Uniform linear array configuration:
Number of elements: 32
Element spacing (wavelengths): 1
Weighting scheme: hamming
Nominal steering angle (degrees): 45
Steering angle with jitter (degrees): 44.341
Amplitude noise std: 0.05
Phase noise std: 0.05

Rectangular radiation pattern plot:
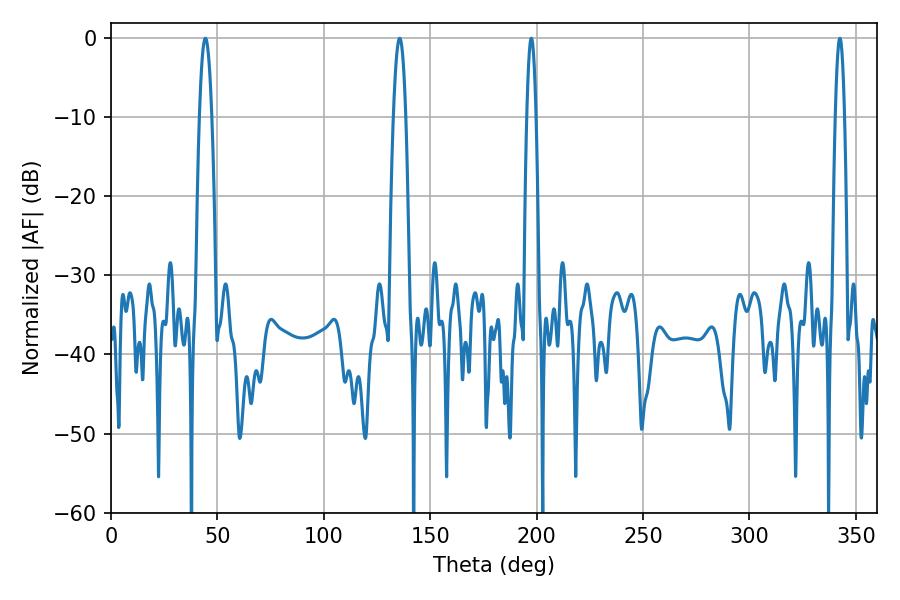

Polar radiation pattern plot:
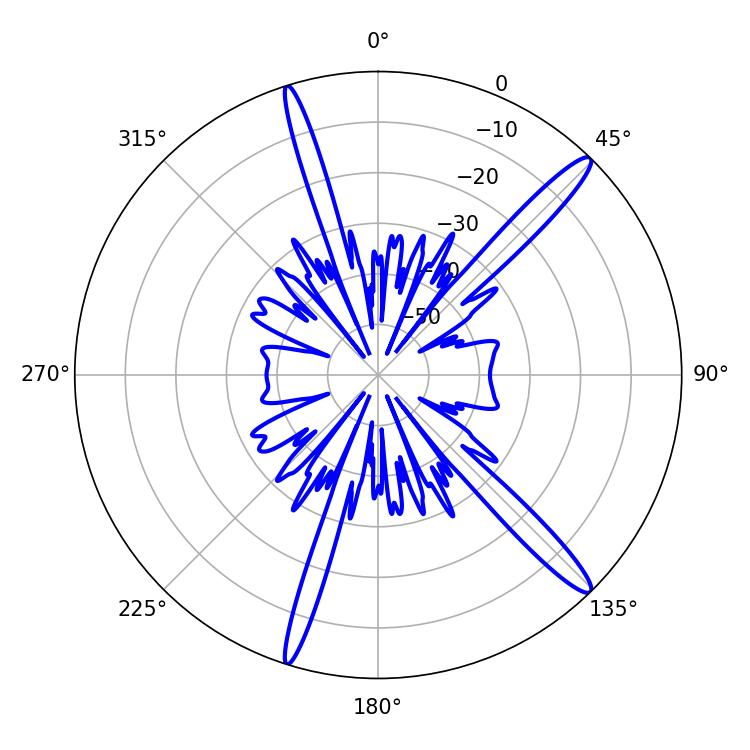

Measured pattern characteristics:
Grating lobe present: TRUE
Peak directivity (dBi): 15.4
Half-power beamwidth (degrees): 2.34
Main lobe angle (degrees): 342.54